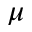
\mu